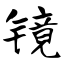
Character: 镜